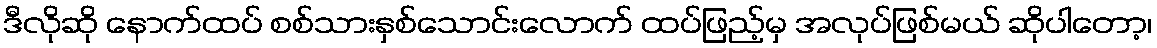
ဒီလိုဆို နောက်ထပ် စစ်သားနှစ်သောင်းလောက် ထပ်ဖြည့်မှ အလုပ်ဖြစ်မယ် ဆိုပါတော့၊